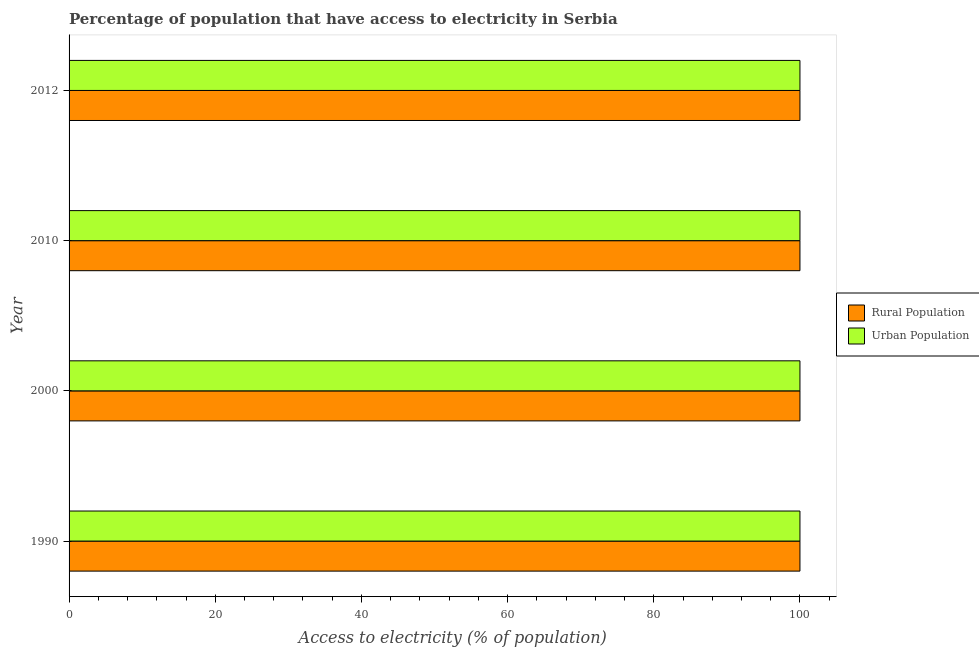
| Year | Rural Population | Urban Population |
 | --- | --- | --- |
 | 1990 | 100 | 100 |
 | 2000 | 100 | 100 |
 | 2010 | 100 | 100 |
 | 2012 | 100 | 100 |